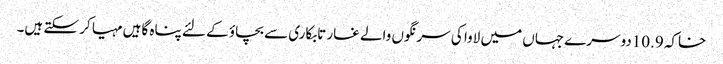
خاکہ 10.9دوسرے جہاں میں لاوا کی سرنگوں والے غار تابکاری سے بچاؤ کے لئے پناہ گاہیں مہیا کر سکتے ہیں۔